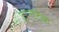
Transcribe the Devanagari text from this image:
ट्रालटैक